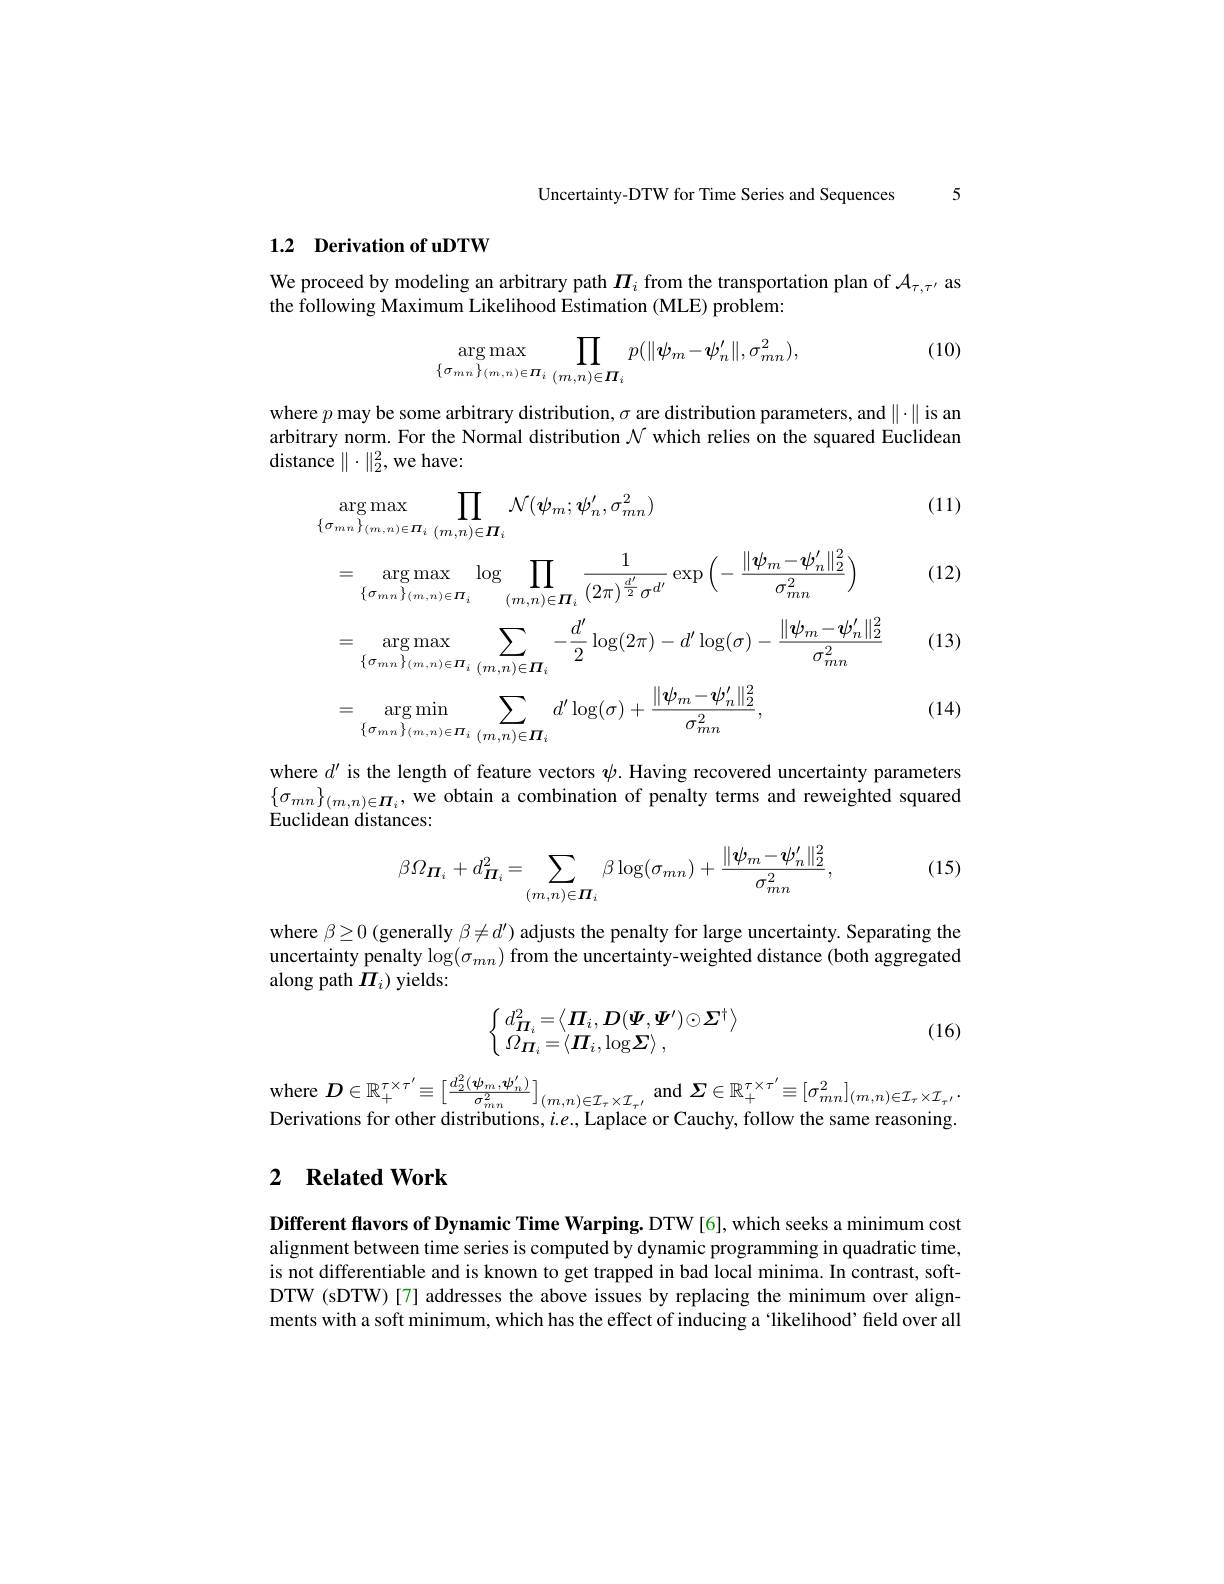
Uncertainty-DTW for Time Series and Sequences 5

## 1.2 Derivation of uDTW

We proceed by modeling an arbitrary path $\boldsymbol{\Pi}_i$ from the transportation plan of $\mathcal{A}_\tau,\tau^{\prime}$ as
the following Maximum Likelihood Estimation (MLE) problem:

(10)
$$\prod_{{\{\sigma_{mn}\}_{(m,n)\in\boldsymbol{\Pi}_{i}}}}\prod_{{(m,n)\in\boldsymbol{\Pi}_{i}}}p(\|\boldsymbol{\psi}_{m}-\boldsymbol{\psi}_{n}^{\prime}\|,\sigma_{mn}^{2}),$$
where $p$ may be some arbitrary distribution, $\sigma$ are distribution parameters, and $\|\cdot\|$ is an arbitrary norm. For the Normal distribution $\mathcal{N}$ which relies on the squared Euclidean ${\mathrm{distance}}\parallel\cdot\parallel_{2}^{2},{\mathrm{we~have:}}$

(11)

(12)
$$\begin{aligned}&\arg\max_{\{\sigma_{mn}\}_{(m,n)\in\boldsymbol{H}_{i}}}\prod_{(m,n)\in\boldsymbol{H}_{i}}\mathcal{N}(\boldsymbol{\psi}_{m};\boldsymbol{\psi}_{n}^{\prime},\sigma_{mn}^{2})\\&=\arg\max_{\{\sigma_{m,n}\}_{(m,n)\in\boldsymbol{H}_{i}}}\log\prod_{(m,n)\in\boldsymbol{H}_{i}}\frac{1}{(2\pi)^{\frac{d^{\prime}}{2}}\sigma^{d^{\prime}}}\exp\left(-\frac{\|\boldsymbol{\psi}_{m}-\boldsymbol{\psi}_{n}^{\prime}\|_{2}^{2}}{\sigma_{mn}^{2}}\right)\\&=\arg\max_{\{\sigma_{m,n}\}_{(m,n)\in\boldsymbol{H}_{i}}}\sum_{(m,n)\in\boldsymbol{\Pi}_{i}}-\frac{d^{\prime}}{2}\log(2\pi)-d^{\prime}\log(\sigma)-\frac{\|\boldsymbol{\psi}_{m}-\boldsymbol{\psi}_{n}^{\prime}\|_{2}^{2}}{\sigma_{mn}^{2}}\\&=\arg\min_{\{\sigma_{m,n}\}_{(m,n)\in\boldsymbol{H}_{i}}}\sum_{(m,n)\in\boldsymbol{\Pi}_{i}}d^{\prime}\log(\sigma)+\frac{\|\boldsymbol{\psi}_{m}-\boldsymbol{\psi}_{n}^{\prime}\|_{2}^{2}}{\sigma_{mn}^{2}},\end{aligned}$$
(13)

(14)

where $d^{\prime}$ is the length of feature vectors $\psi.$ Having recovered uncertainty parameters $\{ \sigma _{mn}\} _{( m, n) \in \boldsymbol{\Pi }_i}$, we obtain a combination of penalty terms and reweighted squared $\Gamma$ di$1, \tilde{\text{ di }} _{i}, \tilde{\text{ we obtain a combination of penalty terms and reweighted squared}}$ $\Gamma\text{ di}_{i}1,\tilde{\text{ di }}_{i},\tilde{\text{ di }}_{i},\tilde{\text{ di di }}_{i},\tilde{\text{ di di}}$ Euclidean distances:

(15)
$$\beta\Omega_{\boldsymbol{\Pi}_{i}}+d_{\boldsymbol{\Pi}_{i}}^{2}=\sum_{(m,n)\in\boldsymbol{\Pi}_{i}}\beta\log(\sigma_{mn})+\frac{\|\boldsymbol{\psi}_{m}-\boldsymbol{\psi}_{n}^{\prime}\|_{2}^{2}}{\sigma_{mn}^{2}},$$
where $\beta\geq0$ (generally $\beta\neq d^\prime)$ adjusts the penalty for large uncertainty. Separating the uncertainty penalty $\log(\sigma_{mn})$ from the uncertainty-weighted distance (both aggregated along path $\Pi_{i}$) yields:
$$\left\{\begin{array}{l}d_{\boldsymbol{\Pi}_i}^2=\left\langle\boldsymbol{\Pi}_i,\boldsymbol{D}(\boldsymbol{\Psi},\boldsymbol{\Psi}')\odot\boldsymbol{\Sigma}^\dagger\right\rangle\\\Omega_{\boldsymbol{\Pi}_i}=\left\langle\boldsymbol{\Pi}_i,\log\boldsymbol{\Sigma}\right\rangle,\end{array}\right.$$
(16)

where $D\in\mathbb{R}_+^{\tau\times\tau^{\prime}}\equiv\left[\frac{d_2^2(\psi_m,\psi_n^{\prime})}{\sigma_{mn}^2}\right]_{(m,n)\in\mathcal{I}_\tau\times\mathcal{I}_\tau^{\prime}}$ and $\Sigma\in\mathbb{R}_+^{\tau\times\tau^{\prime}}\equiv[\sigma_{mn}^2]_{(m,n)\in\mathcal{I}_\tau\times\mathcal{I}_\tau^{\prime}}.$ Derivations for other distributions, $i.e.$, Laplace or Cauchy, follow the same reasoning.

## 2 Related Work

Different flavors of Dynamic Time Warping. DTW [6], which seeks a minimum cost alignment between time series is computed by dynamic programming in quadratic time, is not differentiable and is known to get trapped in bad local minima. In contrast, softDTW (sDTW)[7] addresses the above issues by replacing the minimum over alignments with a soft minimum, which has the effect of inducing a 'likelihood’feld over all